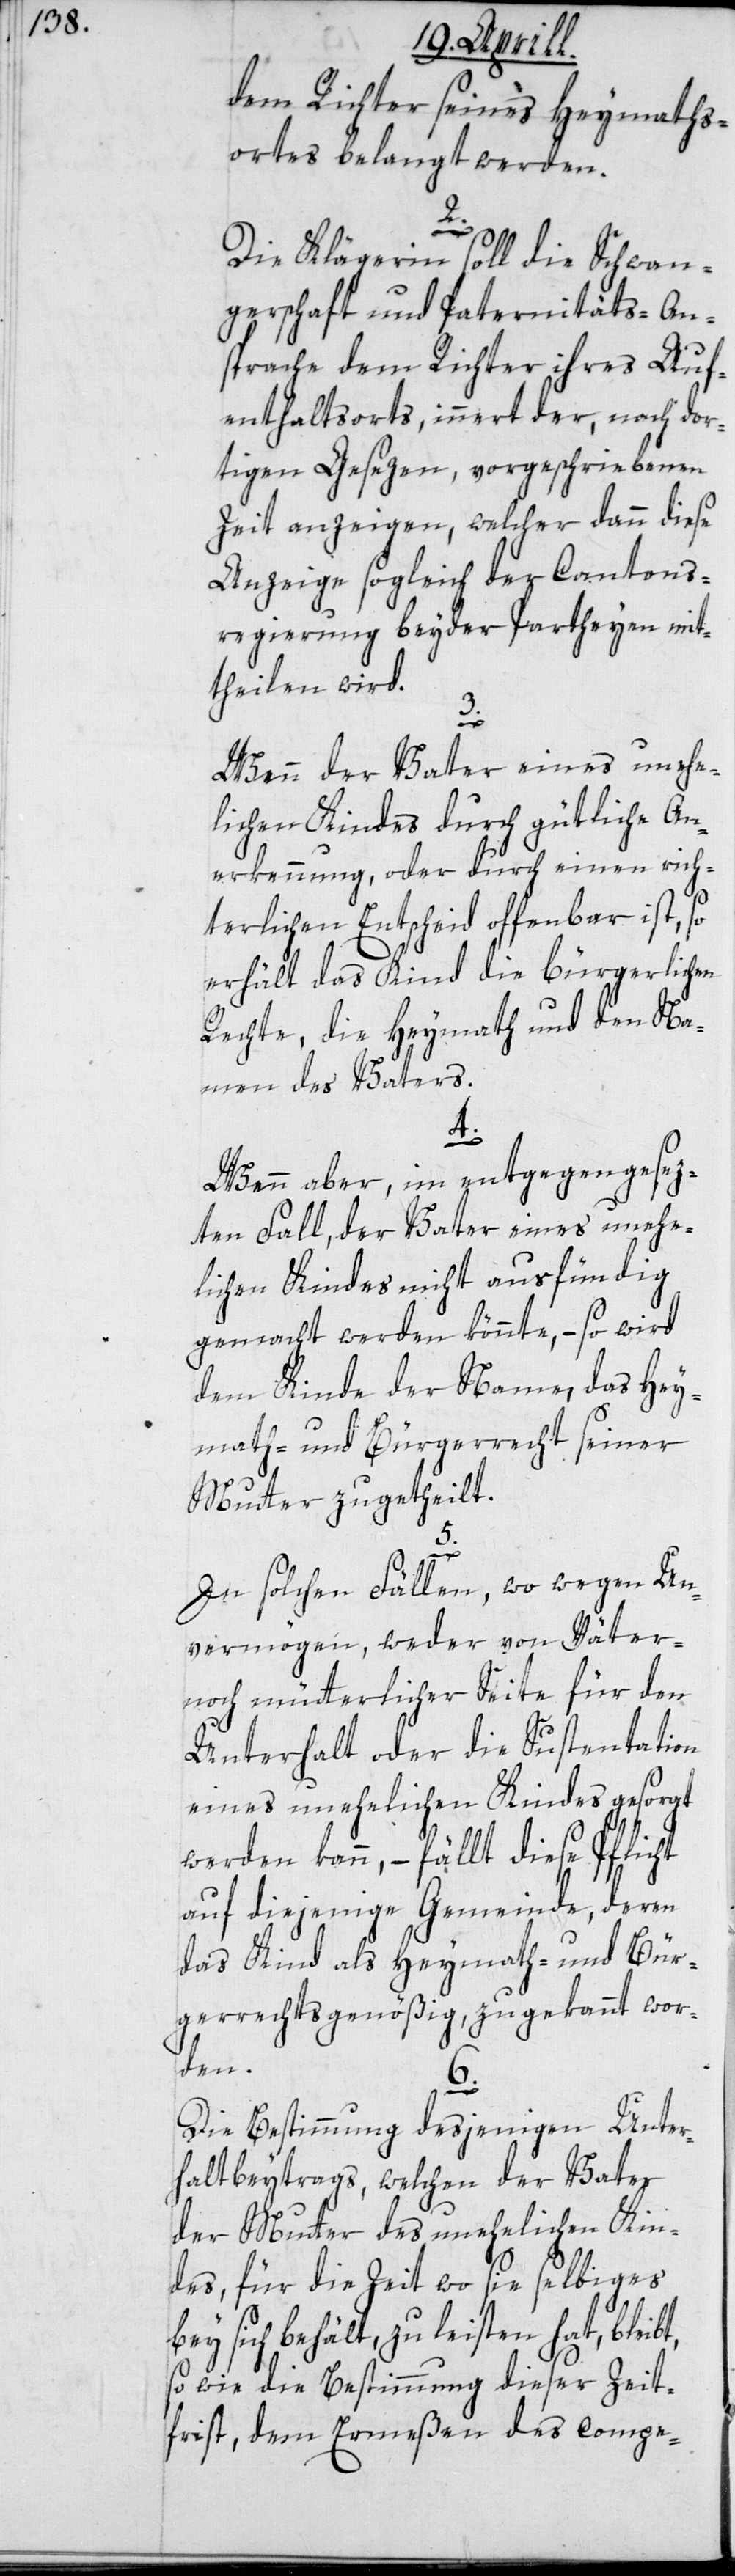
dem Richter seines Heymaths¬
orts belangt werden.
bt,
Die Klägerin soll die Schwan¬
gerschaft und Paternitäts-An¬
sprache dem Richter ihres Auf¬
enthaltorts, innert der, nach dor¬
tigen Gesezen, vorgeschriebenen
Zeit anzeigen, welcher dann diese
Anzeige sogleich der Cantons¬
regierung beyder Partheyen mit¬
theilen wird.
5.
Wenn der Vater eines unehe¬
lichen Kindes durch gütliche An¬
erkennung, oder durch einen rich¬
terlichen Entscheid offenbar ist, so
erhält das Kind die bürgerlichen
Rechte, die Heymath und den Na¬
men des Vaters.
4.
Wenn aber, im entgegengesez¬
ten Fall, der Vater eines unehe¬
lichen Kindes nicht ausfündig
gemacht werden könnte, – so wird
dem Kinde der Name, das Hey¬
math- und Bürgerrecht seiner
Mutter zugetheilt.
In solchen Fällen, wo wegen Un¬
vermögen, weder von Väter-
noch mütterlicher Seite für den
Unterhalt oder die Sustentation
eines unehelichen Kindes gesorgt
werden kann, – fällt diese Pflicht
auf diejenige Gemeinde, deren
das Kind als Heymath- und Bür¬
gerrechtsgenößig, zugekannt wor¬
den.
6.
Die Bestimmung desjenigen Unter¬
haltbeytrags, welchen der Vater
der Mutter des unehelichen Kin¬
des, für die Zeit wo sie selbiges
bey sich behält, zu leisten hat, blei¬
so wie die Bestimmung dieser Zeit¬
frist, dem Ermeßen des compe-